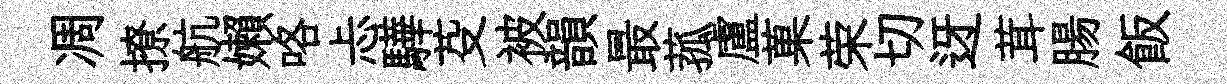
凋撩航嬾咯忐驊芟被韻最菰盧菓荣切迓茸腸飯